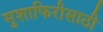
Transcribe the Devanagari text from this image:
मुशाफिरीसाठी